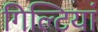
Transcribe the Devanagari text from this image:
गिल्टियां